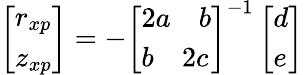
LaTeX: \left[\begin{array}{l}{r_{xp}}\\ {z_{xp}}\end{array}\right]=-\left[\begin{array}{l}{2a\quad b}\\ {b\quad 2c}\end{array}\right]^{-1}\left[\begin{array}{l}{d}\\ {e}\end{array}\right]